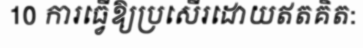
10 ការធ្វើឱ្យប្រសើរដោយឥតគិត: